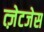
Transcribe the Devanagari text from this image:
त्ज़ेटजेस